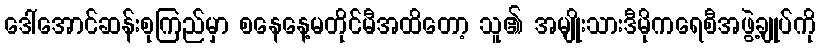
ဒေါ်အောင်ဆန်းစုကြည်မှာ စနေနေ့မတိုင်မီအထိတော့ သူ၏ အမျိုးသားဒီမိုကရေစီအဖွဲ့ချုပ်ကို